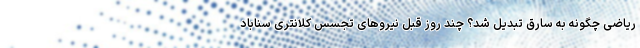
ریاضی چگونه به سارق تبدیل شد؟ چند روز قبل نیروهای تجسس کلانتری سناباد